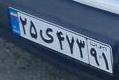
۲۵ی۴۷۳۹۱